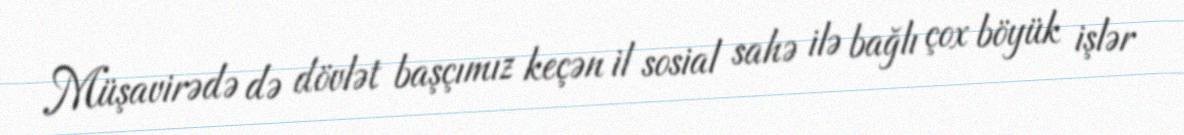
Müşavirədə də dövlət başçımız keçən il sosial sahə ilə bağlı çox böyük işlər